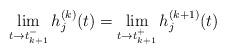
LaTeX: \begin{align*}\lim_{t \rightarrow {t^-_{k+1}}}h^{(k)}_j(t) = \lim_{t \rightarrow {t^+_{k+1}}}h^{(k+1)}_j(t)\end{align*}